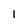
Character: l